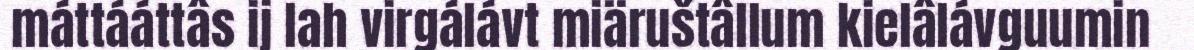
máttááttâs ij lah virgálávt miäruštâllum kielâlávguumin